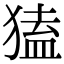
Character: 𤠡